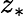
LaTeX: z_{*}